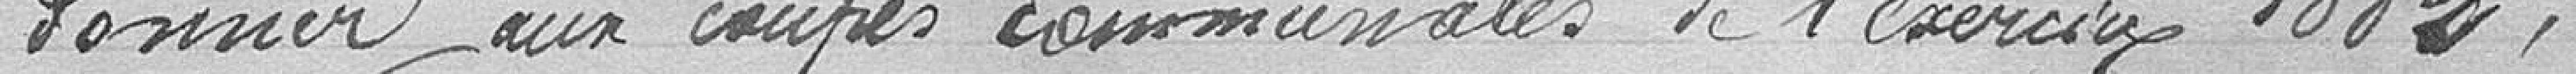
donner aux coupes communales de l'exercice 1882,